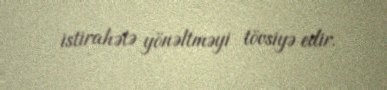
istirahətə yönəltməyi tövsiyə edir.